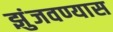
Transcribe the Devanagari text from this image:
झुंजवण्यास